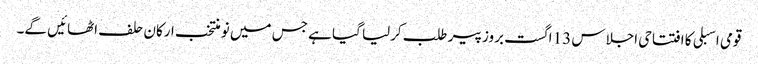
قومی اسبلی کا افتتاحی اجلاس 13 اگست بروز پیر طلب کرلیا گیا ہے جس میں نو منتخب ارکان حلف اٹھائیں گے۔